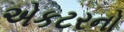
એકટરનો